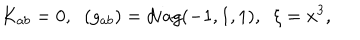
K _ { a b } = 0 , \; \; ( g _ { a b } ) = d i a g ( - 1 , 1 , 1 ) , \; \; \xi = x ^ { 3 } ,